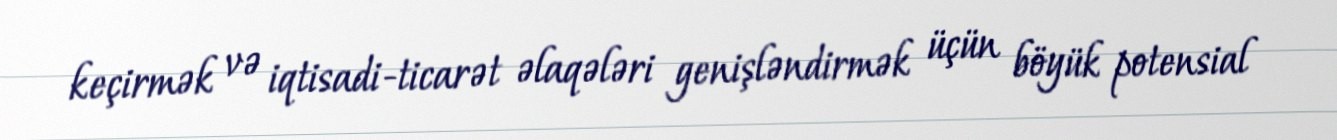
keçirmək və iqtisadi-ticarət əlaqələri genişləndirmək üçün böyük potensial